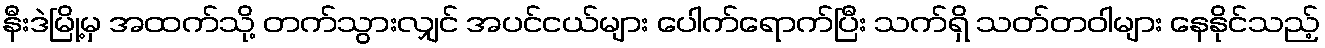
နီးဒဲမြို့မှ အထက်သို့ တက်သွားလျှင် အပင်ငယ်များ ပေါက်ရောက်ပြီး သက်ရှိ သတ်တဝါများ နေနိုင်သည့်